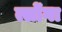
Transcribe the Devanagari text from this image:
त्सोंगा